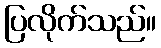
ပြလိုက်သည်။